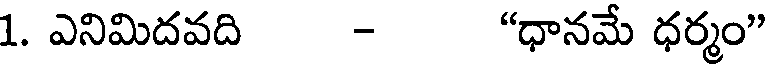
1. ఎనిమిదవది - "ధానమే ధర్మం"